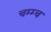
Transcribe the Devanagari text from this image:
चम्म्च